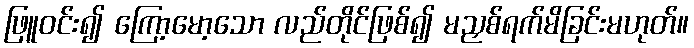
ဖြူဝင်း၍ ကြော့မော့သော လည်တိုင်ဖြစ်၍ မညှစ်ရက်မိခြင်းမဟုတ်။